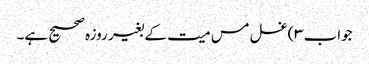
جواب۳)غسل مس میت کے بغیر روزہ صحیح ہے۔